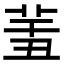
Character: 𦍟